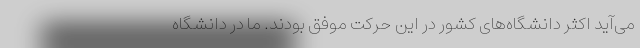
می‌آید اکثر دانشگاه‌های کشور در این حرکت موفق بودند. ما در دانشگاه